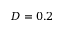
D = 0 . 2